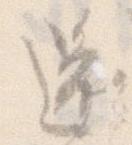
還